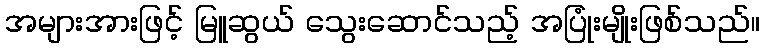
အများအားဖြင့် မြူဆွယ် သွေးဆောင်သည့် အပြုံးမျိုးဖြစ်သည်။